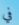
في